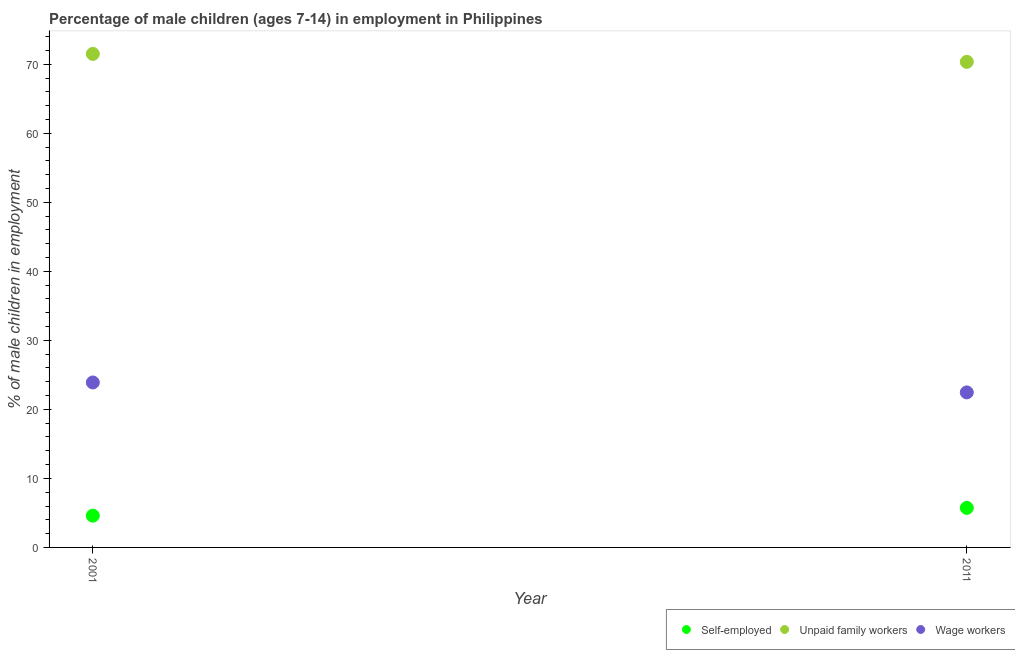
| Year | Self-employed | Unpaid family workers | Wage workers |
 | --- | --- | --- | --- |
 | 2001 | 4.6 | 71.5 | 23.9 |
 | 2011 | 5.73 | 70.3 | 22.5 |